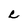
Character: C